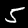
Label: 5